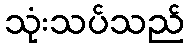
သုံးသပ်သည်